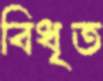
বিধৃত